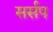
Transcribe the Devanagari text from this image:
सर्सप